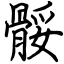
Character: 骽